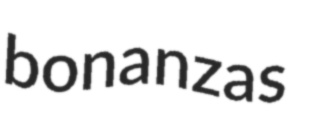
bonanzas